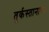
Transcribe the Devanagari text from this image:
तुर्कस्तानाच्या